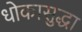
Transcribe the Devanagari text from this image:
धोकासुद्धा